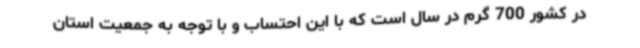
در کشور 700 گرم در سال است که با این احتساب و با توجه به جمعیت استان